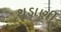
થડાણી